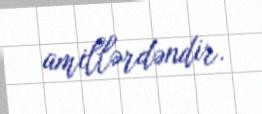
amillərdəndir.